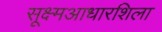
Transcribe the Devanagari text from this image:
सूक्ष्मआधारशिला